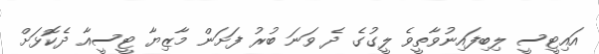
އައިޓީސީ ލިބިފައިނުވާތީވެ ލީގުގެ ދެ ވަނަ ބުރު ފަށަން މާޒިޔާ ޓީސީއާ ދެކޮޅަށް